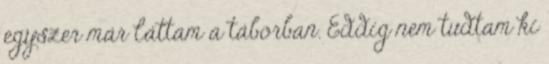
egyszer már láttam a táborban. Eddig nem tudtam ki